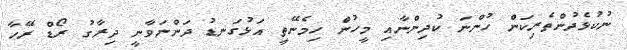
ނުކުޅެދުންތެރިކަން ހުންނަ ކުދިންނާއި މީހުން ހިމެނޭތީ އަޅުގަނޑު ދަންނަވާނީ ދިރާގު ރޯޑް ރޭހާ